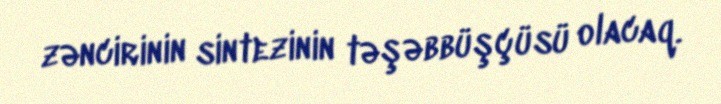
zəncirinin sintezinin təşəbbüşçüsü olacaq.